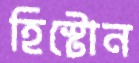
হিস্টোন